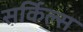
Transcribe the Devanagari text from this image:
सर्किल्स